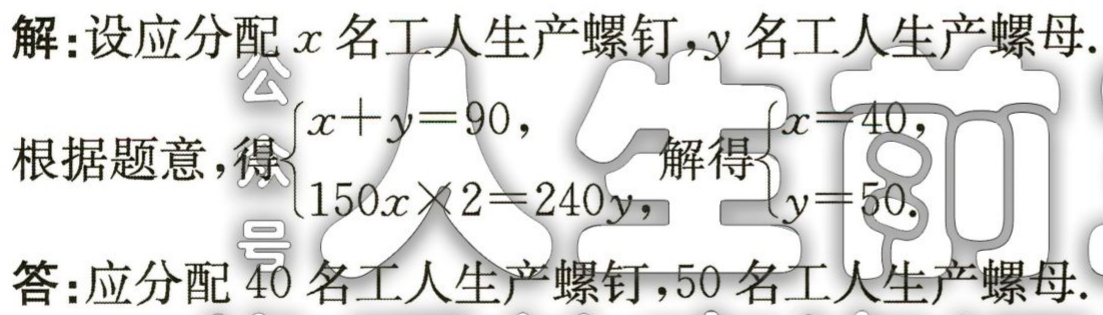
解：设应分配\(x\)名工人生产螺钉，\(y\)名工人生产螺母.

根据题意，得\(\begin{cases}x + y = 90,\\150x\times 2 = 240y,\end{cases}\)解得\(\begin{cases}x = 40,\\y = 50.\end{cases}\)

答：应分配\(40\)名工人生产螺钉，\(50\)名工人生产螺母.